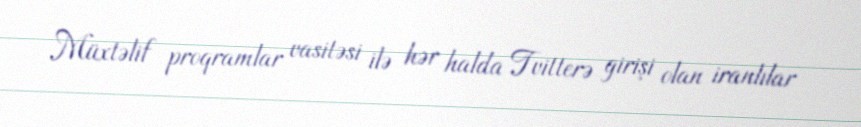
Müxtəlif proqramlar vasitəsi ilə hər halda Tvitterə girişi olan iranlılar